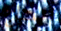
الحاج